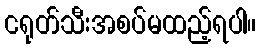
ငရုတ်သီးအစပ်မထည့်ရပါ။